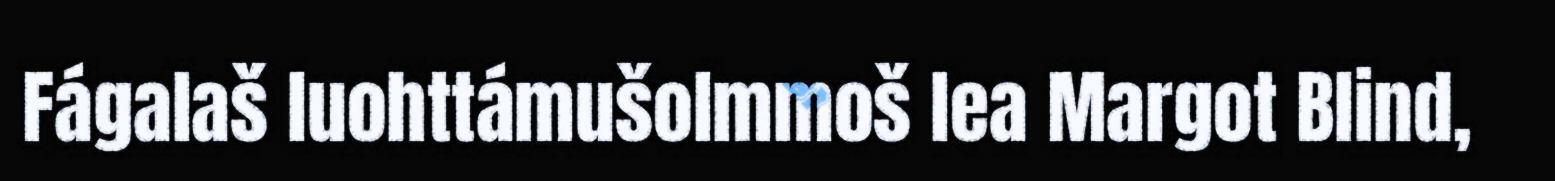
Fágalaš luohttámušolmmoš lea Margot Blind,